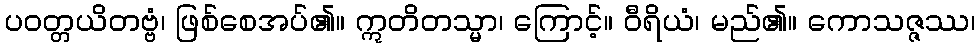
ပဝတ္တယိတဗ္ဗံ၊ ဖြစ်စေအပ်၏။ ဣတိတသ္မာ၊ ကြောင့်။ ဝီရိယံ၊ မည်၏။ ကောသဇ္ဇဿ၊